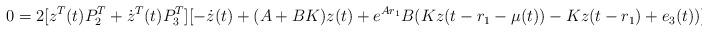
LaTeX: \begin{align*}\begin{aligned}0=2[z^T(t)P_2^T+\dot z^T(t)P_3^T][-\dot z(t)+(A+BK)z(t)+e^{Ar_1}B(Kz(t-r_1-\mu(t))-Kz(t-r_1)+e_3(t))].\end{aligned}\end{align*}